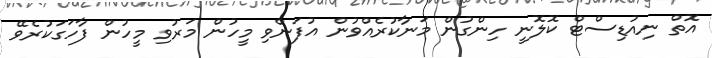
އޮތް ނިއުޑިސްޓް ކޮލޮނީ ހިންގުން މަނާކުރެއްވުން އުފަންވި މީހުން މަރުވި މީހުން ފާހަގަކުރެވޭ